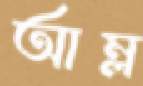
আম্ল